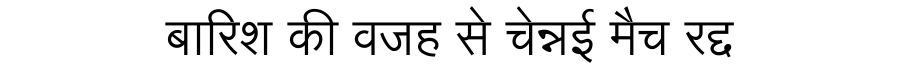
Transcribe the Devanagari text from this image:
बारिश की वजह से चेन्नई मैच रद्द